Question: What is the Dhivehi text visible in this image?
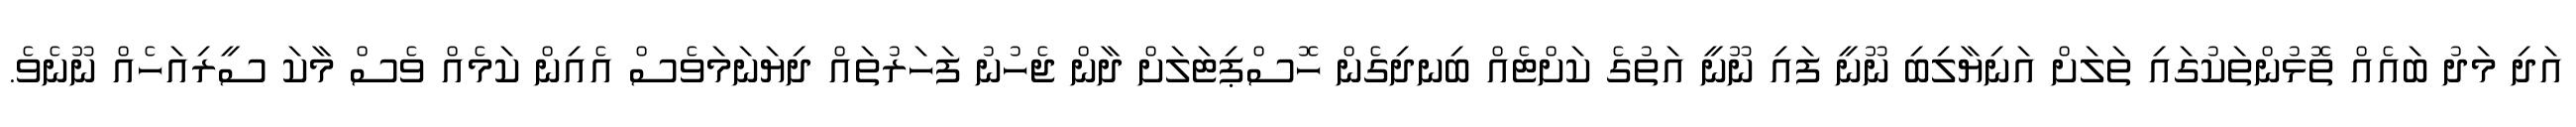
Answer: އަދި މަދު ބައެއް ތޮޅުންތަކުގައި ތަލަށް އަނިޔާލިބި ނޫނީ ފައި ނޫނީ އަތުގެ ކަށްޓެއް ބިނދިގެން ހޮސްޕިޓަލަށް ދާން ޖެހުނު ފަހަރުތައް ދިޔަނަމަވެސް އެއިން ކަމެއް ވެސް މާކަ ސީރިއަހެއް ނޫނެވެ.